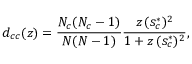
d _ { c c } ( z ) = \frac { N _ { c } ( N _ { c } - 1 ) } { N ( N - 1 ) } \frac { z \, ( s _ { c } ^ { * } ) ^ { 2 } } { 1 + z \, ( s _ { c } ^ { * } ) ^ { 2 } } ,